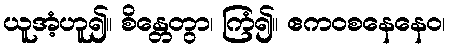
ယူအံ့ဟူ၍။ စိန္တေတွာ၊ ကြံ၍။ ဧကဝစနေနေဝ၊